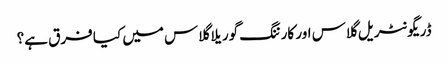
ڈریگونٹریل گلاس اور کارننگ گوریلا گلاس میں کیا فرق ہے؟